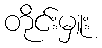
တိုင်းမှူး